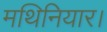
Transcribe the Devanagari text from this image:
मथिनियार।